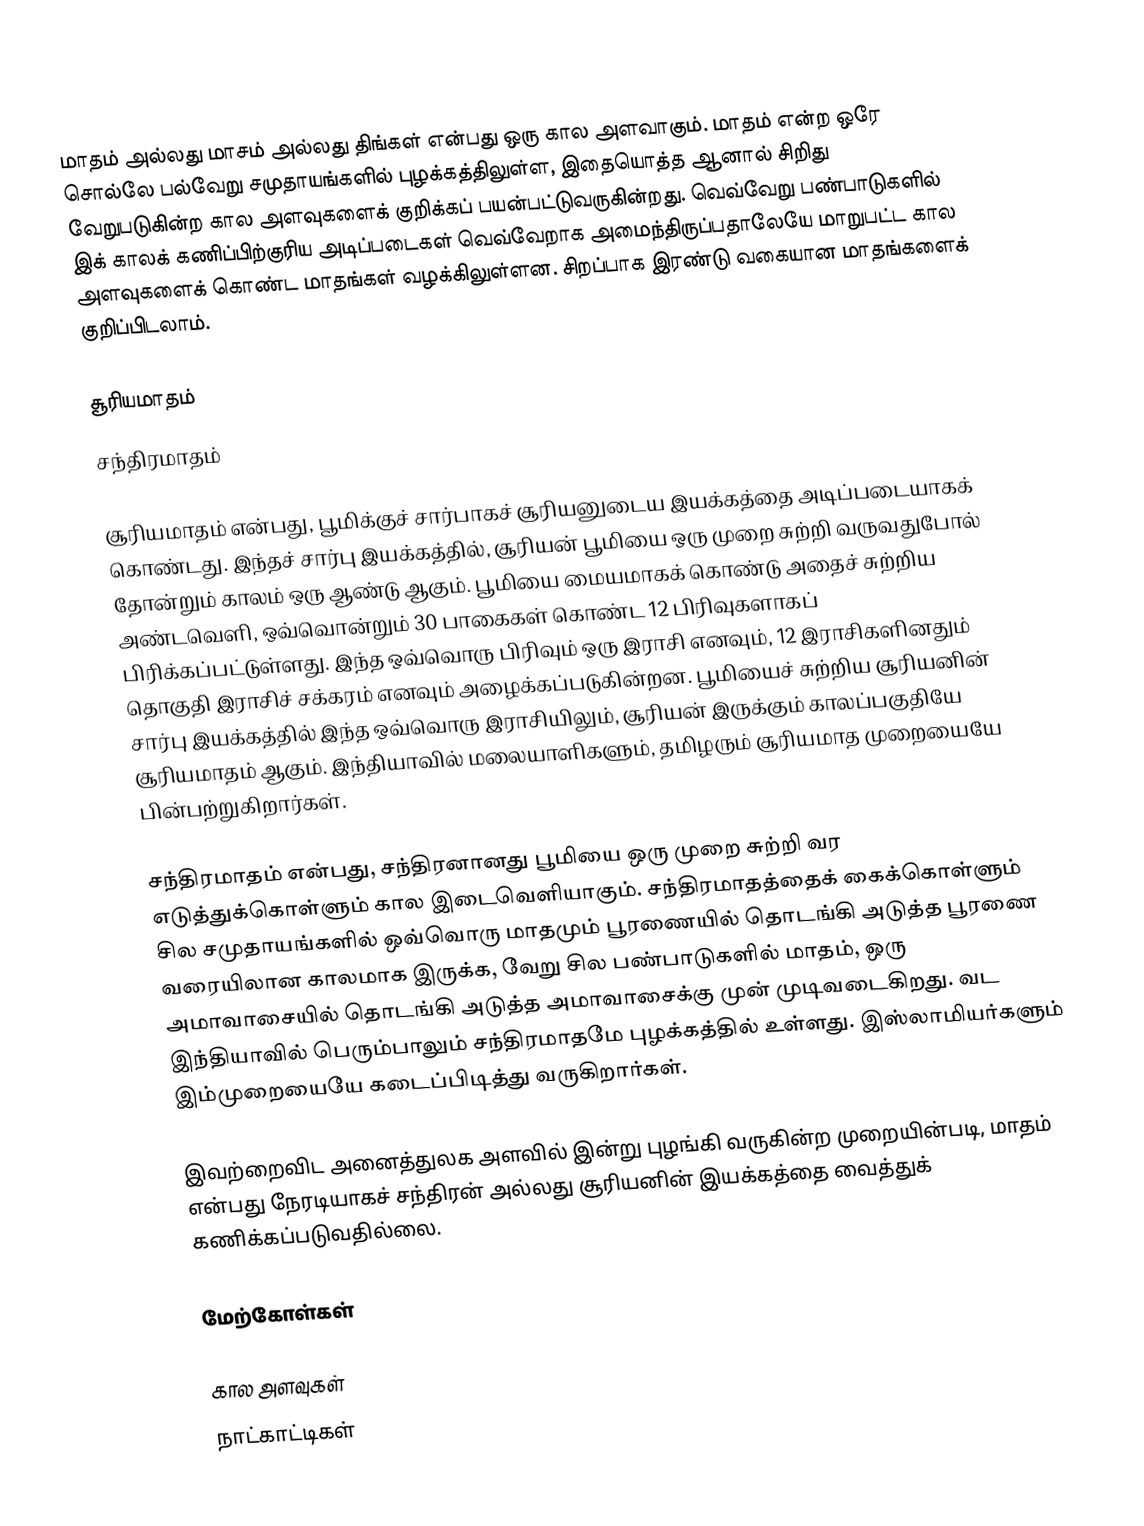
மாதம் அல்லது மாசம் அல்லது திங்கள் என்பது ஒரு கால அளவாகும். மாதம் என்ற ஒரே சொல்லே பல்வேறு சமுதாயங்களில் புழக்கத்திலுள்ள, இதையொத்த ஆனால் சிறிது வேறுபடுகின்ற கால அளவுகளைக் குறிக்கப் பயன்பட்டுவருகின்றது. வெவ்வேறு பண்பாடுகளில் இக் காலக் கணிப்பிற்குரிய அடிப்படைகள் வெவ்வேறாக அமைந்திருப்பதாலேயே மாறுபட்ட கால அளவுகளைக் கொண்ட மாதங்கள் வழக்கிலுள்ளன. சிறப்பாக இரண்டு வகையான மாதங்களைக் குறிப்பிடலாம்.

 சூரியமாதம்
 சந்திரமாதம்

சூரியமாதம் என்பது, பூமிக்குச் சார்பாகச் சூரியனுடைய இயக்கத்தை அடிப்படையாகக் கொண்டது. இந்தச் சார்பு இயக்கத்தில், சூரியன் பூமியை ஒரு முறை சுற்றி வருவதுபோல் தோன்றும் காலம் ஒரு ஆண்டு ஆகும். பூமியை மையமாகக் கொண்டு அதைச் சுற்றிய அண்டவெளி, ஒவ்வொன்றும் 30 பாகைகள் கொண்ட 12 பிரிவுகளாகப் பிரிக்கப்பட்டுள்ளது. இந்த ஒவ்வொரு பிரிவும் ஒரு இராசி எனவும், 12 இராசிகளினதும் தொகுதி இராசிச் சக்கரம் எனவும் அழைக்கப்படுகின்றன. பூமியைச் சுற்றிய சூரியனின் சார்பு இயக்கத்தில் இந்த ஒவ்வொரு இராசியிலும், சூரியன் இருக்கும் காலப்பகுதியே சூரியமாதம் ஆகும். இந்தியாவில் மலையாளிகளும், தமிழரும் சூரியமாத முறையையே பின்பற்றுகிறார்கள்.

சந்திரமாதம் என்பது, சந்திரனானது பூமியை ஒரு முறை சுற்றி வர எடுத்துக்கொள்ளும் கால இடைவெளியாகும். சந்திரமாதத்தைக் கைக்கொள்ளும் சில சமுதாயங்களில் ஒவ்வொரு மாதமும் பூரணையில் தொடங்கி அடுத்த பூரணை வரையிலான காலமாக இருக்க, வேறு சில பண்பாடுகளில் மாதம், ஒரு அமாவாசையில் தொடங்கி அடுத்த அமாவாசைக்கு முன் முடிவடைகிறது. வட இந்தியாவில் பெரும்பாலும் சந்திரமாதமே புழக்கத்தில் உள்ளது. இஸ்லாமியர்களும் இம்முறையையே கடைப்பிடித்து வருகிறார்கள்.

இவற்றைவிட அனைத்துலக அளவில் இன்று புழங்கி வருகின்ற முறையின்படி, மாதம் என்பது நேரடியாகச் சந்திரன் அல்லது சூரியனின் இயக்கத்தை வைத்துக் கணிக்கப்படுவதில்லை.

மேற்கோள்கள்

கால அளவுகள்
நாட்காட்டிகள்